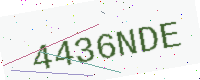
Text: 4436NDE